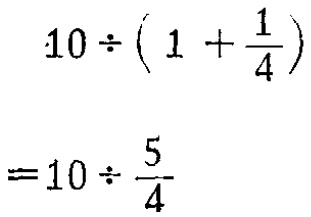
\[

\begin{align*}

10\div\left(1 + \frac{1}{4}\right)&\\

=10\div\frac{5}{4}&

\end{align*}

\]